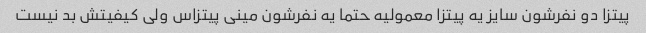
پیتزا دو نفرشون سایز یه پیتزا معمولیه حتما یه نفرشون مینی پیتزاس ولی کیفیتش بد نیست